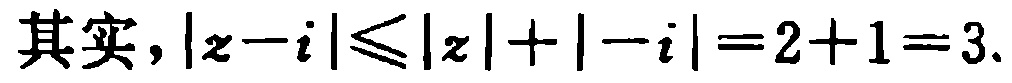
其实，\(|z - i| \leq |z| + |-i| = 2 + 1 = 3.\)